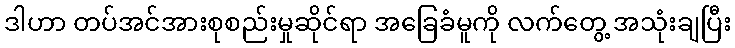
ဒါဟာ တပ်အင်အားစုစည်းမှုဆိုင်ရာ အခြေခံမူကို လက်တွေ့ အသုံးချပြီး